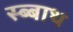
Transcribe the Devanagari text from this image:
स्ब्बाथ